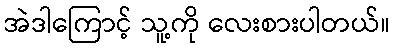
အဲဒါကြောင့် သူ့ကို လေးစားပါတယ်။